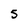
Character: 5